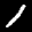
Label: 1